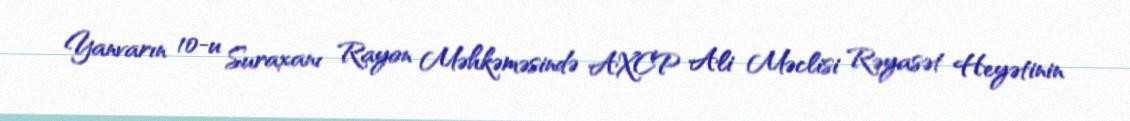
Yanvarın 10-u Suraxanı Rayon Məhkəməsində AXCP Ali Məclisi Rəyasət Heyətinin